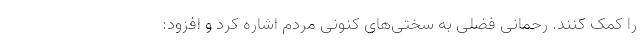
را کمک کنند. رحمانی فضلی به سختی‌های کنونی مردم اشاره کرد و افزود: